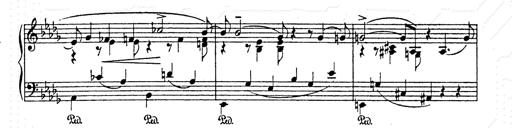
Title: AnnÃ©es de pÃ¨lerinage II
Composer: Franz Liszt